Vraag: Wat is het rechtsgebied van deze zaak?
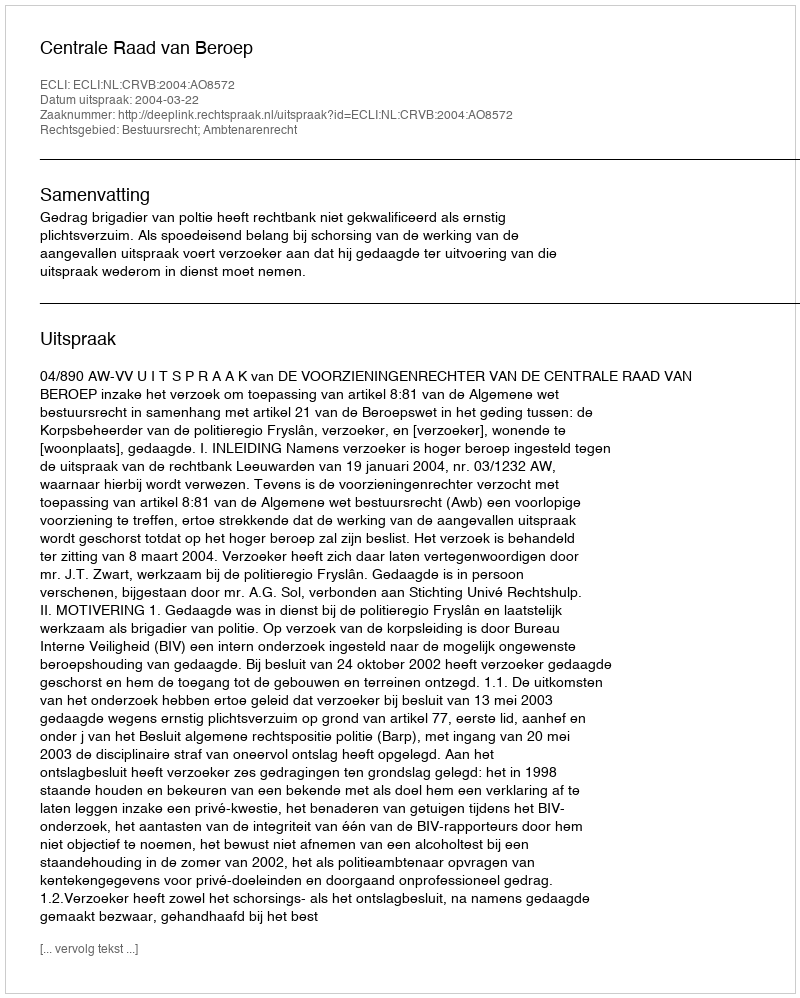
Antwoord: Bestuursrecht; Ambtenarenrecht